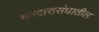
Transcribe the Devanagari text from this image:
मतदारासंघातील